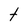
Character: t